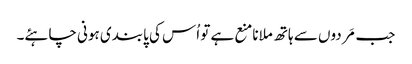
جب مَردوں سے ہاتھ ملانامنع ہے تو اُس کی پابندی ہونی چاہئے۔